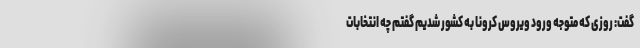
گفت: روزی که متوجه ورود ویروس کرونا به کشور شدیم گفتم چه انتخابات